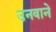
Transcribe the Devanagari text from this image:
उनवाने